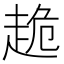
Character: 𧻜